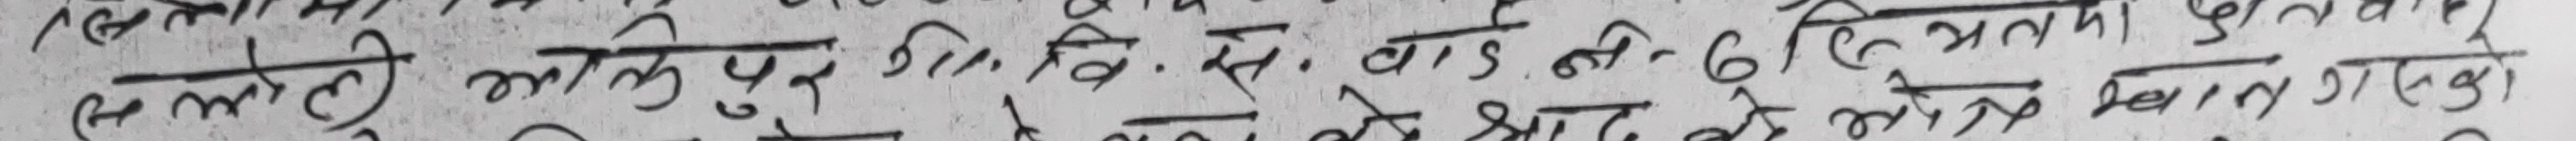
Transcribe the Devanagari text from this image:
लेते आलिपुर वि. से. पा. ड की ६ हि, भलमा प्रुलतगया
भलको भेद के भेरको बेल्त्रे सालगद